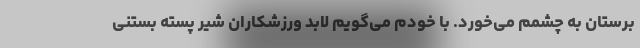
برستان به چشمم می‌خورد. با خودم می‌گویم لابد ورزشکاران شیر پسته بستنی